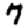
Digit: 7